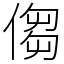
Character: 㑳